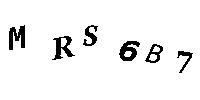
MRS6B7